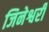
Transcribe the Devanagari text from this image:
जिनेश्वरी